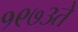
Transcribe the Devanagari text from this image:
१९७३ते